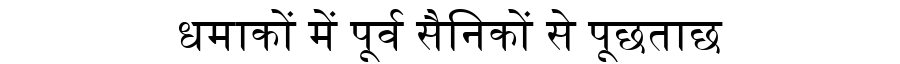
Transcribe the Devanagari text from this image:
धमाकों में पूर्व सैनिकों से पूछताछ